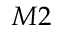
M 2